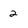
Character: 2